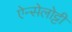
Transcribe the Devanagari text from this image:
ऐन्सेलोट्टी